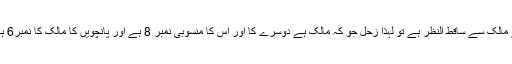
زحل ساتویں میں بیٹھ کر پانچویں کے مالک سے ساقط النظر ہے تو لہذا زحل جو کہ مالک ہے دوسرے کا اور اس کا منسوبی نمبر 8 ہے اور پانچویں کا مالک کا نمبر6 ہے تو اس سے ہمیں نمبر حاصل ہوا6۔